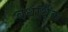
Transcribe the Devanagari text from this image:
वधार्थक